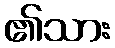
၏သား